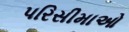
પરિસીમાઓ